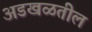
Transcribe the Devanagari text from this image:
अडखळतील